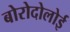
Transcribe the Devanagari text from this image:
बोरोदोलोई